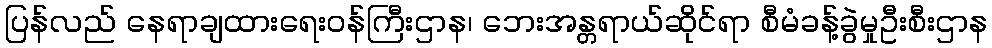
ပြန်လည် နေရာချထားရေးဝန်ကြီးဌာန၊ ဘေးအန္တရာယ်ဆိုင်ရာ စီမံခန့်ခွဲမှုဦးစီးဌာန